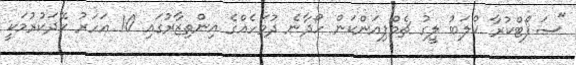
"ސަޕޯޓްކުރާ ކްލަބު ލީގު ޗެމްޕިއަންކަން ހޯދާނެ ދުވަހެއްގެ އިންތިޒާރުގައި 10 އަހަރު ހޭދަކުރުމަކީ